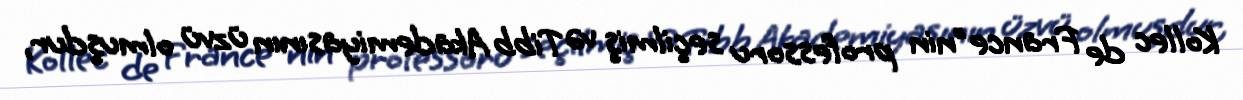
Kollec de France"nin professoru seçilmiş və Tibb Akademiyasının üzvü olmuşdur,